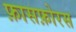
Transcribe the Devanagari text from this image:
फ़ासफ़ोरस